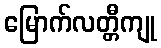
မြောက်လတ္တီကျု